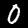
Label: 0